Vaccination North-Western Provinces 1866-1877 - 1866-1877
Year: 1866
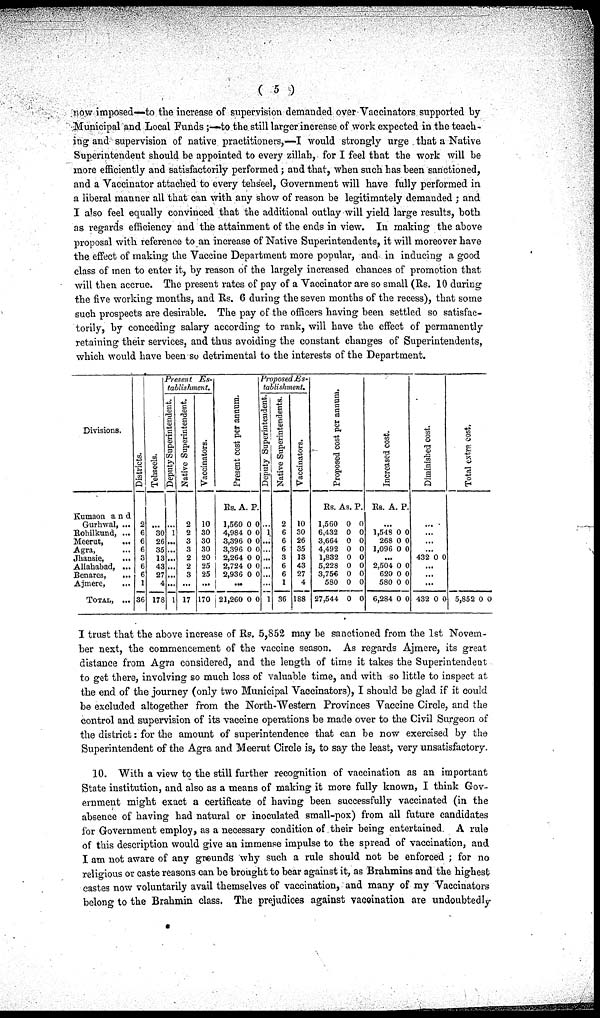
( 5 )
now imposed—to the increase of supervision demanded over Vaccinators supported by-
Municipal and Local Funds ;—to the still larger increase of work expected in the teach-
ing and supervision of native practitioners,—I would strongly urge that a Native
Superintendent should be appointed to every zillah, for I feel that the work will be
more efficiently and satisfactorily performed; and that, when such has been sanctioned,
and a Vaccinator attached to every tehseel, Government will have fully performed in
a liberal manner all that can with any show of reason be legitimately demanded ; and
I also feel equally convinced that the additional outlay will yield large results, both
as regards efficiency and the attainment of the ends in view. In making the above
proposal with reference to an increase of Native Superintendents, it will moreover have
the effect of making the Vaccine Department more popular, and in inducing a good
class of men to enter it, by reason of the largely increased chances of promotion that
will then accrue. The present rates of pay of a Vaccinator are so small (Rs. 10 during
the five working months, and Rs. 6 during the seven months of the recess), that some
such prospects are desirable. The pay of the officers having been settled so satisfac-
torily, by conceding salary according to rank, will have the effect of permanently
retaining their services, and thus avoiding the constant changes of Superintendents,
which would have been so detrimental to the interests of the Department.
Divisions.
Kumaon and
Gurhwal, ...
Rohilkund, ...
Meerut,
...
Agra, ...
Jhansie, ...
Allahabad, ...
Benares, ...
Ajmere, ...
TOTAL, ...
Districts.
2
6
6 6
3
6
6
1
36
Tehseels.
...
30
26
35
13
43
27
4
178
Present
Es-
tablishment.
Deputy Superintendent.
...
1
...
...
...
...
...
...
1
Native Superintendent.
2
2
3
3
2
2
3
...
17
Vaccinators.
10
30
30
30
20
25
25
...
170
Present cost per annum.
Rs.
1,560
4,984
3,396
3,396
2,264
2,724
2,936
A.
0
0
0
0
0
0
0
P.
0
0
0
0
0
0
0
...
21,260 0 0
Proposed Es-
tablishment.
Deputy Superintendent.
...
1
...
...
...
...
...
...
1
Native Superintendent.
2
6
6
6
3
6
6
1
36
Vaccinators.
10
30
26
35
13
43
27
4
188
Proposed cost per annum.
Rs.
1,560
6,432
3,664
4,492
1,832
5,228
3,756
580
27,544
As.
0
0
0
0
0
0
0
0
0
P.
0
0
0
0
0
0
0
0
0
Increased cost.
Rs.
A.
P.
...
1,548
268
1,096
0
0
0
0
0
0
...
2,504
620
580
6,284
0
0
0
0
0
0
0
0
Diminished cost.
...
...
...
432 0 0
...
...
...
432 0 0
Total extrn cost.
5,852 0 0
I trust that the above increase of Rs. 5,852 may be sanctioned from the 1st Novem-
ber next, the commencement of the vaccine season. As regards Ajmere, its great
distance from Agra considered, and the length of time it takes the Superintendent
to get there, involving so much loss of valuable time, and with so little to inspect at
the end of the journey (only two Municipal Vaccinators), I should be glad if it could
be excluded altogether from the North-Western Provinces Vaccine Circle, and the
control and supervision of its vaccine operations be made over to the Civil Surgeon of
the district: for the amount of superintendence that can be now exercised by the
Superintendent of the Agra and Meerut Circle is, to say the least, very unsatisfactory
10. "With a view to the still further recognition of vaccination as an important
State institution, and also as a means of making it more fully known, I think Gov-
ernment might exact a certificate of having been successfully vaccinated (in the
absence of having had natural or inoculated small-pox) from all future candidates
for Government employ, as a necessary condition of their being entertained A rule
of this description would give an immense impulse to the spread of vaccination, and
I am not aware of any grounds why such a rule should not be enforced ; for no
religious or caste reasons can be brought to bear against it, as Brahmins and the highest
castes now voluntarily avail themselves of vaccination, and many of my Vaccinators
belong to the Brahmin class. The prejudices against vaccination are undoubtedly